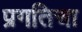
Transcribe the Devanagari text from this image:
प्रगतिचा